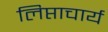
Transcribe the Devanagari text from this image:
लिप्ताचार्य